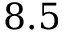
8 . 5